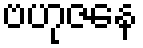
ဗဟုဇနေ